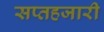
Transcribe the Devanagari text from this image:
सप्तहजारी